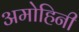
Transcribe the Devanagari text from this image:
अमोहिनी